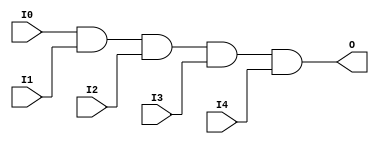
module X_AND5 (O, I0, I1, I2, I3, I4);

  output O;
  input I0, I1, I2, I3, I4;

  and (O, I0, I1, I2, I3, I4);

  specify

	(I0 => O) = (0:0:0, 0:0:0);
	(I1 => O) = (0:0:0, 0:0:0);
	(I2 => O) = (0:0:0, 0:0:0);
	(I3 => O) = (0:0:0, 0:0:0);
	(I4 => O) = (0:0:0, 0:0:0);
	specparam PATHPULSE$ = 0;

  endspecify

endmodule